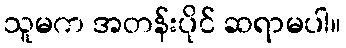
သူမက အတန်းပိုင် ဆရာမပါ။